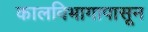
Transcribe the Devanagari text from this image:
कालविभागापासून